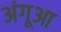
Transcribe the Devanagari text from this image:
अंगूआ